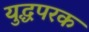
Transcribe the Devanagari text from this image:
युद्धपरक